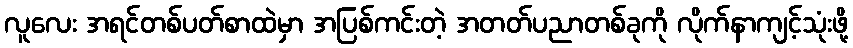
လူလေး အရင်တစ်ပတ်စာထဲမှာ အပြစ်ကင်းတဲ့ အတတ်ပညာတစ်ခုကို လိုက်နာကျင့်သုံးဖို့